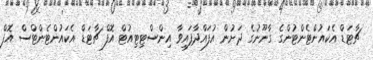
ޗާޓަޑް އެކައުންޓެންޓުންގެ ގާނޫނުގެ ދަށުން އުފައްދާފައިވާ އިންސްޓިޓިއުޓް އޮފް ޗާޓަޑް އެކައުންޓެންޓްސް އޮފް